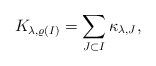
LaTeX: \begin{align*} K_{\lambda,\varrho(I)}=\sum_{J\subset I}\kappa_{\lambda,J},\end{align*}